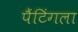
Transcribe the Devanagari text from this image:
पैंटिंगला